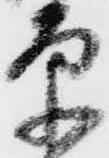
原